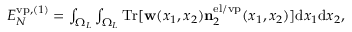
\begin{array} { r } { { \cal E } _ { N } ^ { \ensuremath { \mathrm { v p } } , ( 1 ) } = \int _ { \Omega _ { L } } \int _ { \Omega _ { L } } \ensuremath { \mathrm { T r } } [ \ensuremath { \mathbf { w } } ( x _ { 1 } , x _ { 2 } ) \ensuremath { \mathbf { n } } _ { 2 } ^ { \ensuremath { \mathrm { e l } } / \ensuremath { \mathrm { v p } } } ( x _ { 1 } , x _ { 2 } ) ] \ensuremath { \mathrm { d } } x _ { 1 } \ensuremath { \mathrm { d } } x _ { 2 } , } \end{array}